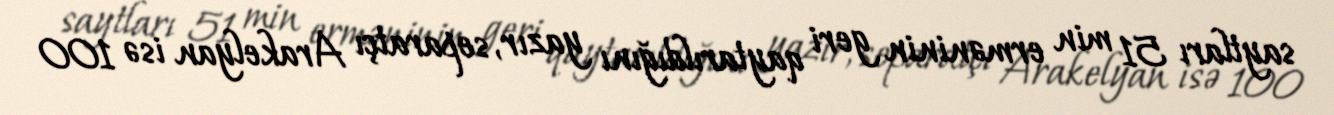
saytları 51 min erməninin geri qaytarıldığını yazır, separatçı Arakelyan isə 100